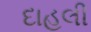
દાહલી